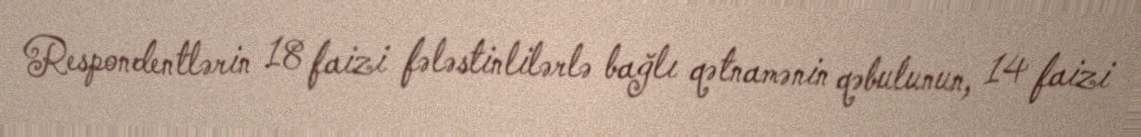
Respondentlərin 18 faizi fələstinlilərlə bağlı qətnamənin qəbulunun, 14 faizi